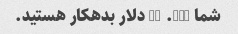
شما 235. 13 دلار بدهکار هستید.